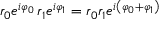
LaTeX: r _ { 0 } e ^ { i \varphi _ { 0 } } \, r _ { 1 } e ^ { i \varphi _ { 1 } } = r _ { 0 } r _ { 1 } e ^ { i \left( \varphi _ { 0 } + \varphi _ { 1 } \right) }